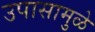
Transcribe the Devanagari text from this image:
उपासामुळे